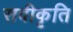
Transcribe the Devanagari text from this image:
सवीकृति